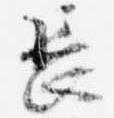
長